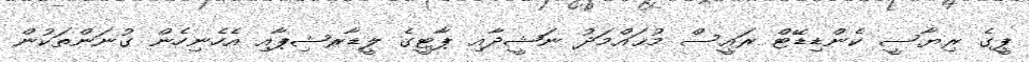
ޕީގެ ރިޔާސީ ކެންޑިޑޭޓް ރައީސް މުޙައްމަދު ނަޝީދާއި ޕާޓީގެ ލީޑާރޝިޕާއި އެހެނިހެން ގުނަންތަކުން